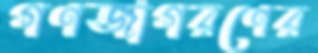
গণজাগরণের